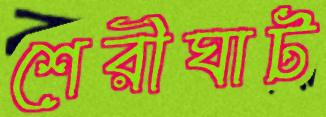
শেরীঘাট